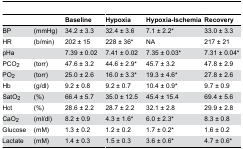
<table><thead><tr><td></td><td></td><td><b>Baseline</b></td><td><b>Hypoxia</b></td><td><b>Hypoxia-Ischemia</b></td><td><b>Recovery</b></td></tr></thead><tbody><tr><td>BP</td><td>(mmHg)</td><td>34.2 ± 3.3</td><td>32.4 ± 3.6</td><td>7.1 ± 2.2*</td><td>33.0 ± 3.3</td></tr><tr><td>HR</td><td>(b/min)</td><td>202 ± 15</td><td>228 ± 36*</td><td>NA</td><td>217 ± 21</td></tr><tr><td>pHa</td><td></td><td>7.39 ± 0.02</td><td>7.41 ± 0.02</td><td>7.35 ± 0.03*</td><td>7.31 ± 0.04*</td></tr><tr><td>PCO<sub>2</sub></td><td>(torr)</td><td>47.6 ± 3.2</td><td>44.6 ± 2.9*</td><td>45.7 ± 3.2</td><td>47.8 ± 2.9</td></tr><tr><td>PO<sub>2</sub></td><td>(torr)</td><td>25.0 ± 2.6</td><td>16.0 ± 3.3*</td><td>19.3 ± 4.6*</td><td>27.8 ± 2.6</td></tr><tr><td>Hb</td><td>(g/dl)</td><td>9.2 ± 0.8</td><td>9.2 ± 0.7</td><td>10.4 ± 0.9*</td><td>9.7 ± 0.9</td></tr><tr><td>SatO<sub>2</sub></td><td>(%)</td><td>66.4 ± 5.7</td><td>35.0 ± 12.5</td><td>45.4 ± 15.4</td><td>69.4 ± 5.6</td></tr><tr><td>Hct</td><td>(%)</td><td>28.6 ± 2.2</td><td>28.7 ± 2.2</td><td>32.1 ± 2.8</td><td>29.9 ± 2.8</td></tr><tr><td>CaO<sub>2</sub></td><td>(ml/dl)</td><td>8.2 ± 0.9</td><td>4.3 ± 1.6*</td><td>6.0 ± 2.3*</td><td>8.3 ± 0.8</td></tr><tr><td>Glucose</td><td>(mM)</td><td>1.3 ± 0.2</td><td>1.2 ± 0.2</td><td>1.7 ± 0.2*</td><td>1.6 ± 0.2</td></tr><tr><td>Lactate</td><td>(mM)</td><td>1.4 ± 0.3</td><td>1.5 ± 0.3</td><td>3.6 ± 0.6*</td><td>4.7 ± 0.6*</td></tr></tbody></table>